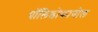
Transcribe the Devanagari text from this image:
पॉलिडोकानोल